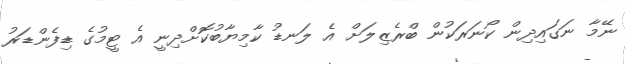
ނޭމާ ނަގައިދިން ކޯނަރަކުން ބްރެޒިލަށް އެ ލަނޑު ކާމިޔާބުކޮށްދިނީ އެ ޓީމުގެ ޑިފެންޑަރު